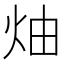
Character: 𱪳